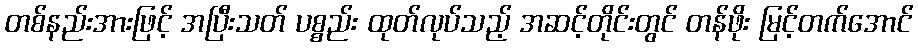
တစ်နည်းအားဖြင့် အပြီးသတ် ပစ္စည်း ထုတ်လုပ်သည့် အဆင့်တိုင်းတွင် တန်ဖိုး မြင့်တက်အောင်